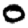
Digit: 0